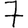
Digit: 7